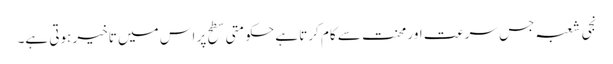
نجی شعبہ جس سرعت اور محنت سے کام کرتا ہے حکومتی سطح پر اس میں تاخیر ہوتی ہے۔